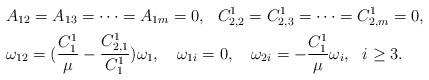
LaTeX: \begin{align*}&A_{12}=A_{13}=\cdots=A_{1m}=0, ~~C^1_{2,2}=C^1_{2,3}=\cdots=C^1_{2,m}=0,\\&\omega_{12}=(\frac{C^1_1}{\mu}-\frac{C^1_{2,1}}{C^1_1})\omega_1,~~~\omega_{1i}=0,~~~\omega_{2i}=-\frac{C^1_1}{\mu}\omega_i, ~~i\geq3.\end{align*}